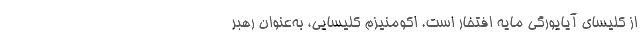
از کلیسای آیایورگی مایه افتخار است. اکومنیزم کلیسایی، به‌عنوان رهبر